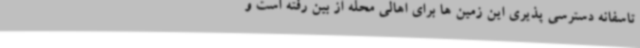
تاسفانه دسترسی پذیری این زمین ها برای اهالی محله از بین رفته است و